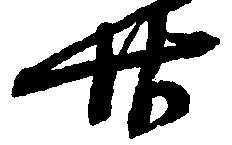
廿